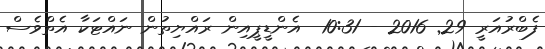
ފެބްރުއަރީ 29